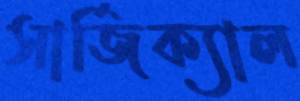
সার্জিক্যাল